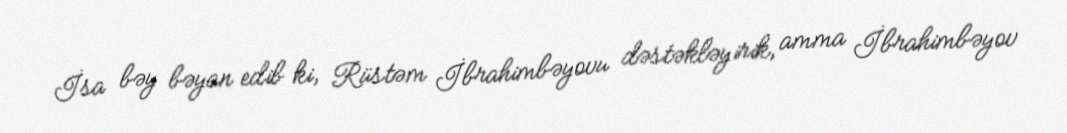
İsa bəy bəyan edib ki, Rüstəm İbrahimbəyovu dəstəkləyirik, amma İbrahimbəyov